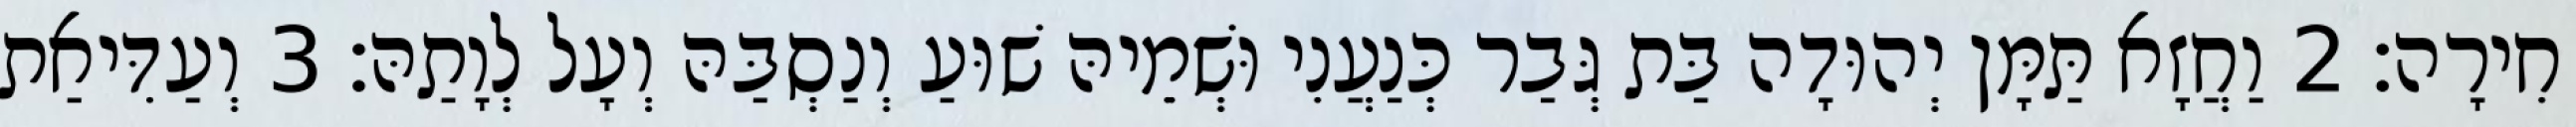
חִירָה׃ 2 וַחֲזָא תַּמָּן יְהוּדָה בַּת גְּבַר כְּנַעֲנִי וּשְׁמֵיהּ שׁוּעַ וְנַסְבַּהּ וְעָל לְוָתַהּ׃ 3 וְעַדִּיאַת